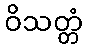
ဝိသတ္တံ